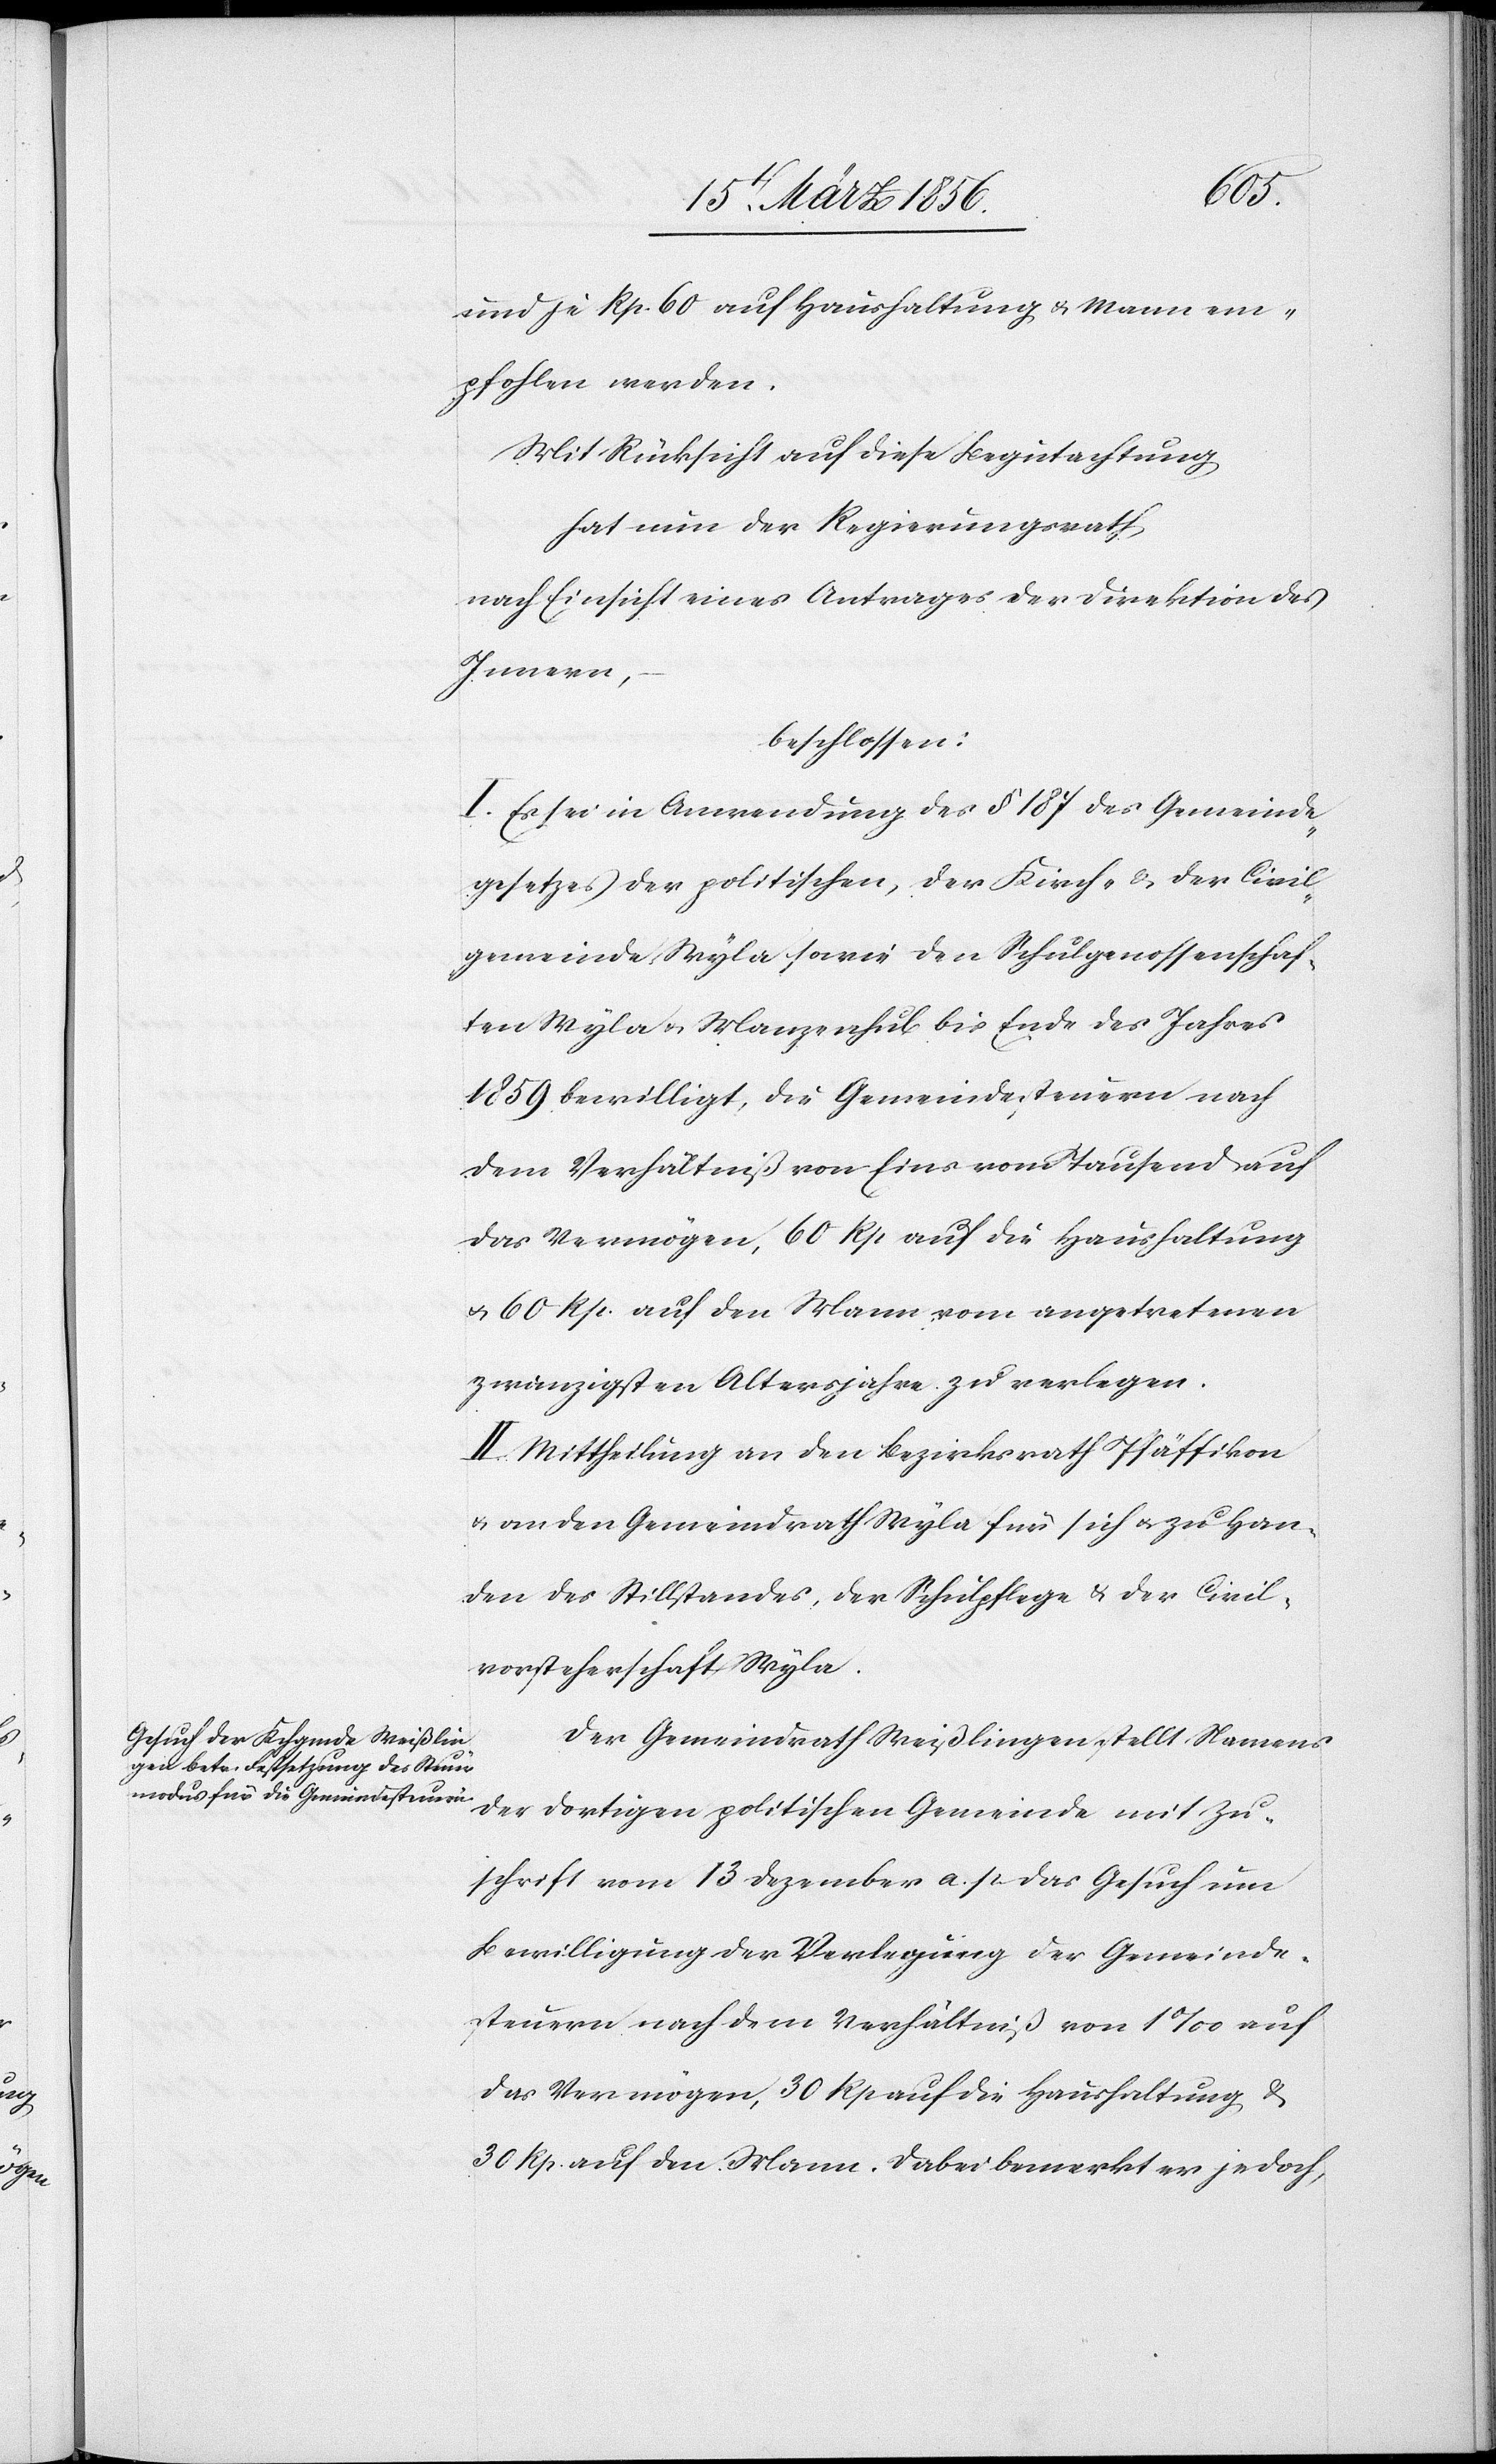
und je Rp. 60 auf Haushaltung & Mann em¬
pfohlen werden.
Mit Rücksicht auf diese Begutachtung
hat nun der Regierungsrath,
nach Einsicht eines Antrages der Direktion des
Innern,
beschlossen:
I. Es sei in Anwendung des § 187 des Gemeinde¬
gesetzes der politischen, der Kirch- & der Civil¬
gemeinde Wyla sowie den Schulgenossenschaf¬
ten Wyla u. Manzenhub bis Ende des Jahres
1859 bewilligt, die Gemeindesteuern nach
dem Verhältniß von Eins vom Tausend auf
das Vermögen, 60 Rp auf die Haushaltung
u. 60 Rp. auf den Mann vom angetretenen
zwanzigsten Altersjahre zu verlegen.
II. Mittheilung an den Bezirksrath Pfäffikon
& an den Gemeindrath Wyla für sich u. zu Han¬
den des Stillstandes, der Schulpflege & der Civil¬
vorsteherschaft Wyla.
Der Gemeindrath Weißlingen stellt Namens
der dortigen politischen Gemeinde mit Zu¬
schrift vom 13 Dezember a. p. das Gesuch um
Bewilligung der Verlegung der Gemeinde¬
steuern nach dem Verhältniß von 1‰ auf
das Vermögen, 30 Rp auf die Haushaltung &
30 Rp. auf den Mann. Dabei bemerkt der jedoch,